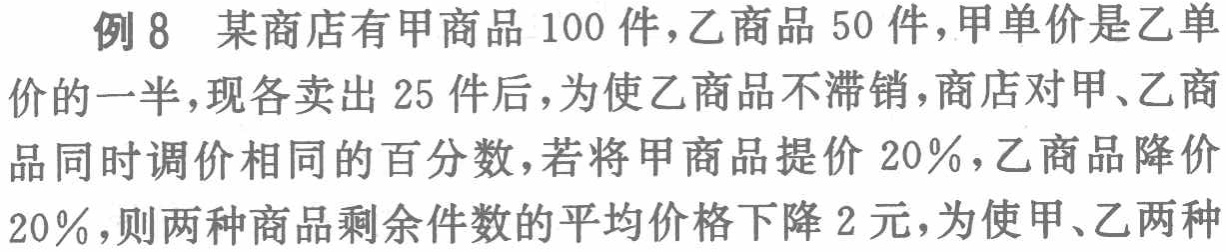
例8 某商店有甲商品100件，乙商品50件，甲单价是乙单价的一半，现各卖出25件后，为使乙商品不滞销，商店对甲、乙商品同时调价相同的百分数，若将甲商品提价20%，乙商品降价20%，则两种商品剩余件数的平均价格下降2元，为使甲、乙两种